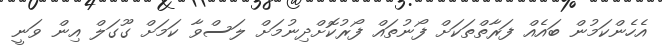
އެހެންކަމުން ބައެއް ފަރާތްތަކަށް ފޯނުތައް ފޯރުކޮށްދިނުމަށް ލަސްވާ ކަމަށް ގޫގަލް އިން ވަނީ